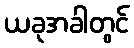
ယခုအခါတွင်